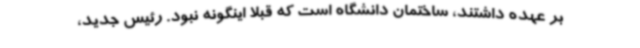
بر عهده داشتند، ساختمان دانشگاه است که قبلا اینگونه نبود. رئیس جدید،